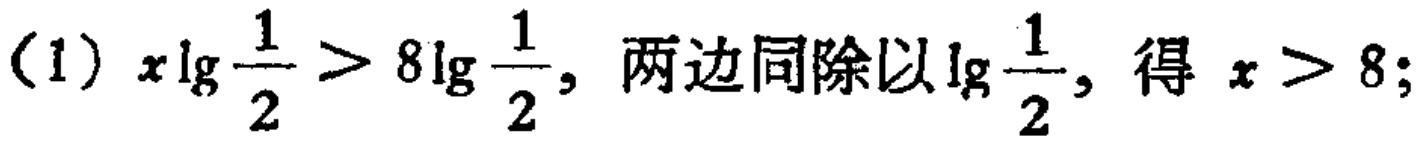
(1) \(x\lg\frac{1}{2}>8\lg\frac{1}{2}\), 两边同除以\(\lg\frac{1}{2}\), 得 \(x > 8\);